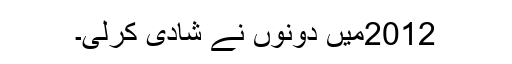
2012میں دونوں نے شادی کرلی۔